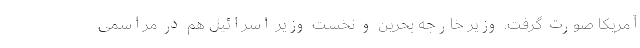
آمریکا صورت گرفت. وزیر خارجه بحرین و نخست وزیر اسرائیل هم در مراسمی